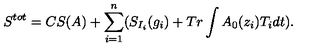
S ^ { t o t } = C S ( A ) + \sum _ { i = 1 } ^ { n } ( S _ { I _ { i } } ( g _ { i } ) + T r \int A _ { 0 } ( z _ { i } ) T _ { i } d t ) .